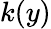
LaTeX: k(y)